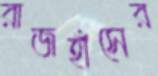
রাজহাঁসের